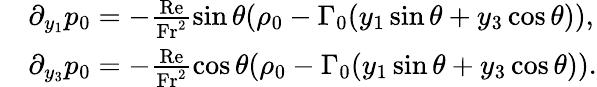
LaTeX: \begin{array}{rl}&{\partial_{y_{1}}p_{0}=-\frac{\mathrm{Re}}{\mathrm{Fr^{2}}}\sin\theta(\rho_{0}-\Gamma_{0}(y_{1}\sin\theta+y_{3}\cos\theta)),}\\ &{\partial_{y_{3}}p_{0}=-\frac{\mathrm{Re}}{\mathrm{Fr^{2}}}\cos\theta(\rho_{0}-\Gamma_{0}(y_{1}\sin\theta+y_{3}\cos\theta)).}\end{array}